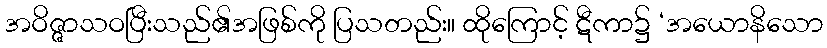
အဝိဇ္ဇာသဝပြီးသည်၏အဖြစ်ကို ပြသတည်း။ ထိုကြောင့် ဋီကာ၌ ‘အယောနိသော